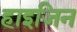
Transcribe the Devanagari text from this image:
हाइजिन